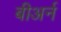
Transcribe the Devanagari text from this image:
बीअर्न